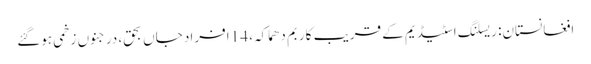
افغانستان: ریسلنگ اسٹیڈیم کے قریب کار بم دھماکہ، 14 افراد جاں بحق، درجنوں زخمی ہوگئے